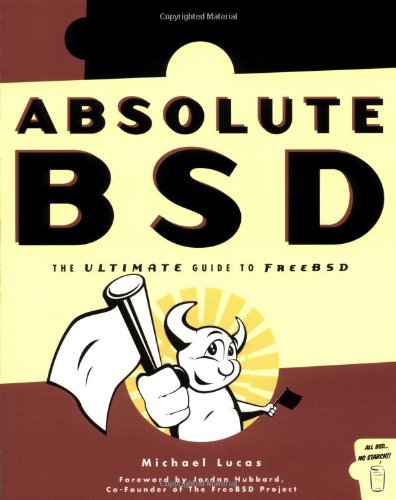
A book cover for Absolute BSD: The Ultimate Guide to FreeBSD; Michael Lucas; Computers & Technology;